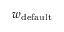
w _ { \mathrm { d e f a u l t } }